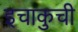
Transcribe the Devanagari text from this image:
इचाकुची